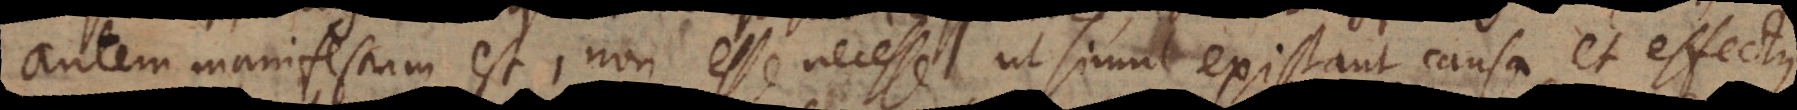
autem manifestum est, non esse necesse ut simul existant causa et effectus,